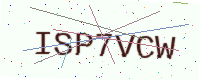
Text: ISP7VCW